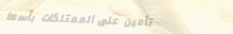
تأمين على الممتلكات بأسعا